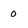
Character: 0